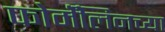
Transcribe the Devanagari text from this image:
फोर्मॅलिनच्या